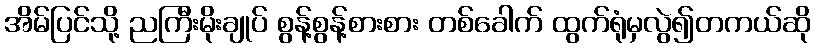
အိမ်ပြင်သို့ ညကြီးမိုးချုပ် စွန့်စွန့်စားစား တစ်ခေါက် ထွက်ရုံမှလွဲ၍တကယ်ဆို